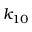
k _ { 1 0 }